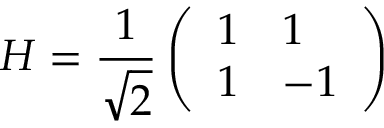
H = \frac { 1 } { \sqrt { 2 } } \left( \begin{array} { l l } { 1 } & { 1 } \\ { 1 } & { - 1 } \end{array} \right)